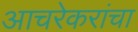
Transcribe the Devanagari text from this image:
आचरेकरांचा